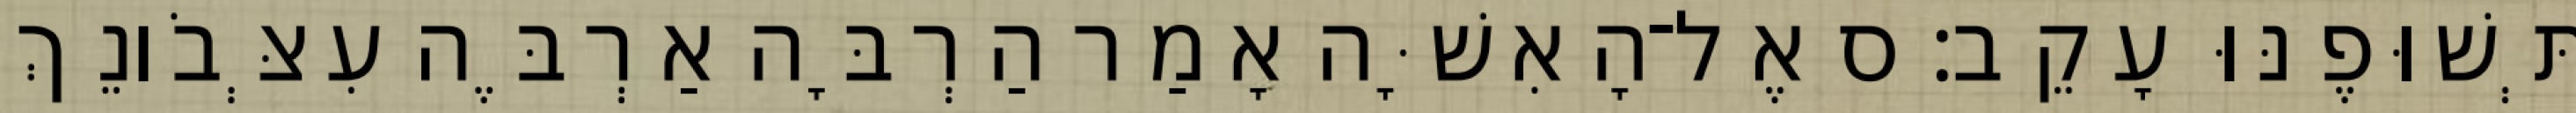
תְּשׁוּפֶנּוּ עָקֵב׃ ס אֶל־הָאִשָּׁה אָמַר הַרְבָּה אַרְבֶּה עִצְּבֹונֵךְ